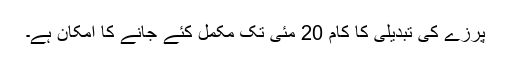
پرزے کی تبدیلی کا کام 20 مئی تک مکمل کئے جانے کا امکان ہے۔